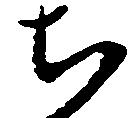
ち